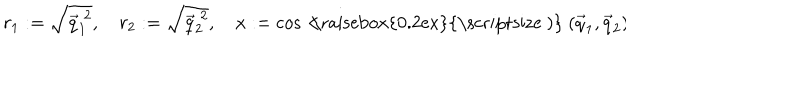
r _ { 1 } : = \sqrt { \vec { q } _ { 1 } ^ { \; 2 } } , \hspace { 1 e m } r _ { 2 } : = \sqrt { \vec { q } _ { 2 } ^ { \; 2 } } , \hspace { 1 e m } x : = \cos < \hspace { - 0 . 7 5 e m } \mathrm { \raisebox { 0 . 2 e x } { \scriptsize ~ ) } } \; ( \vec { q } _ { 1 } , \vec { q } _ { 2 } ) \hspace { 1 c m } .